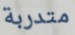
متدربة